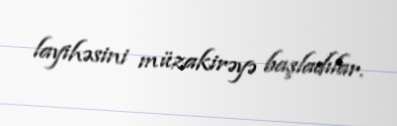
layihəsini müzakirəyə başladılar.